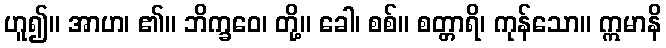
ဟူ၍။ အာဟ၊ ၏။ ဘိက္ခဝေ၊ တို့။ ခေါ၊ စစ်။ စတ္တာရိ၊ ကုန်သော။ ဣမာနိ